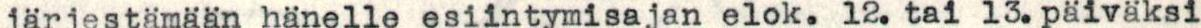
järjestämään hänelle esiintymisajan elok. 12. tai 13.päiväksi